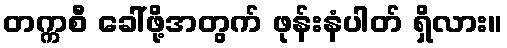
တက္ကစီ ခေါ်ဖို့အတွက် ဖုန်းနံပါတ် ရှိလား။